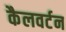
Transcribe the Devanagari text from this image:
कैलवर्टन